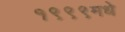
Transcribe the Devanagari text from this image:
१९९९मधे